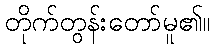
တိုက်တွန်းတော်မူ၏။